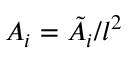
A _ { i } = \tilde { A _ { i } } / l ^ { 2 }